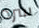
سرد